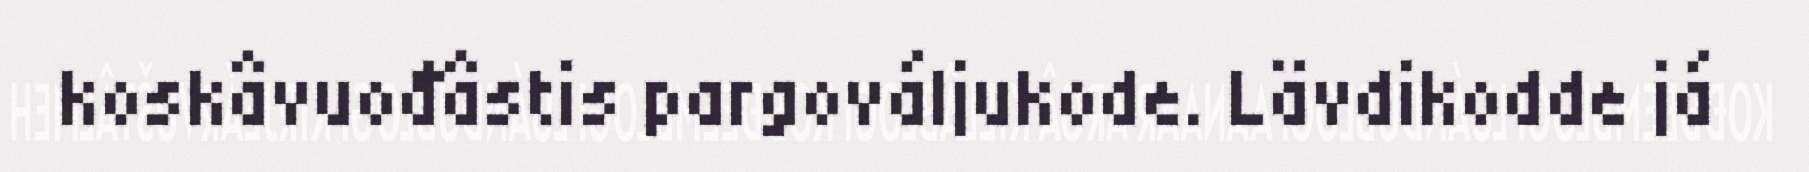
koskâvuođâstis pargováljukode. Lävdikodde já